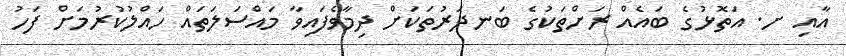
އާއި ށ. އަތޮޅުގެ ބައެއް ރަށްތަކުގެ ބަނދަރުތަކަށް ދިމާވެފައިވާ މައްސަލަތައް ހައްލުކުރުމަށް ފަހު